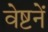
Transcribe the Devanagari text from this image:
वेष्टनें